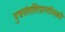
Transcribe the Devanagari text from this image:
पुत्रसंततिप्राप्तीसाठी